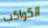
الكواكب